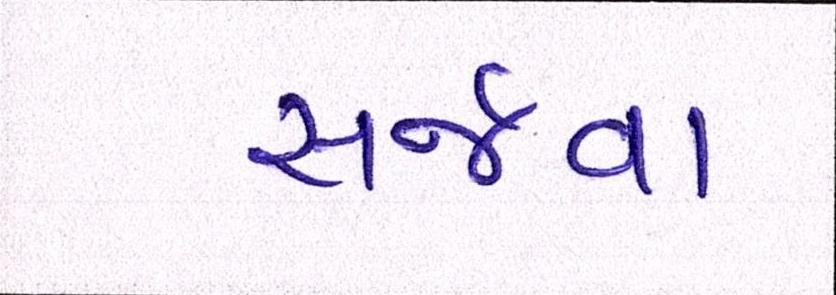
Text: સર્જવા